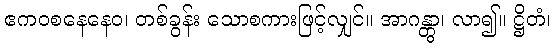
ဧကဝစနေနေဝ၊ တစ်ခွန်း သောစကားဖြင့်လျှင်။ အာဂန္တွာ၊ လာ၍။ ဋ္ဌိတံ၊